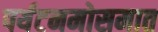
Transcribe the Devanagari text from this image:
पर्यटनमोसमात